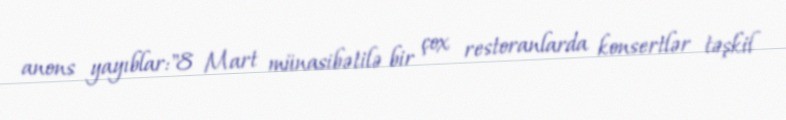
anons yayıblar:"8 Mart münasibətilə bir çox restoranlarda konsertlər təşkil